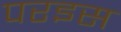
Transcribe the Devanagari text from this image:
परइस